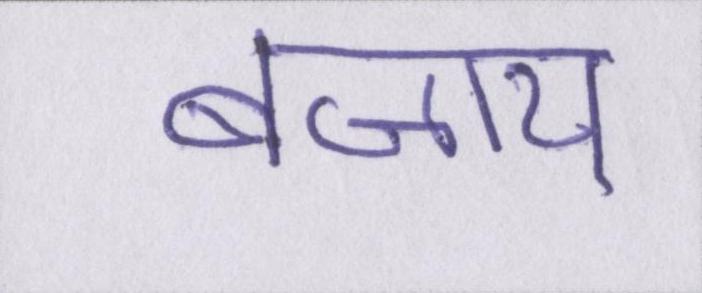
बजाय